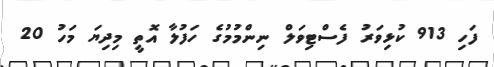
ފަހި 913 ކުޅިވަރު ފެސްޓިވަލް ނިންމުމުގެ ހަފުލާ އޮތީ މިދިޔަ މަހު 20